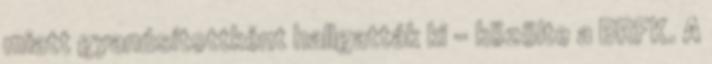
miatt gyanúsítottként hallgatták ki – közölte a BRFK. A